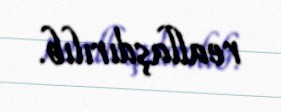
reallaşdırılıb.